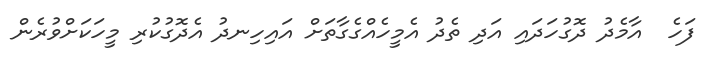
ފަހެ  އާމެދު ދޮގުހަދައި އަދި ތެދު އެމީހެއްގެގާތަށް އައިހިނދު އެދޮގުކުރި މީހަކަށްވުރެން